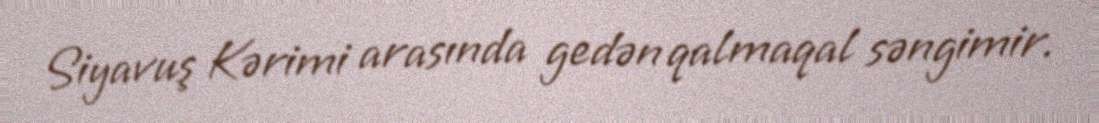
Siyavuş Kərimi arasında gedən qalmaqal səngimir.